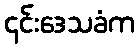
၎င်းဒေသခံက